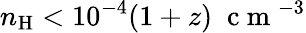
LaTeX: n_{\mathrm{H}}<10^{-4}(1+z)\; \mathrm{~c~m~}^{-3}